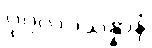
ပုဂ္ဂလပ္ပသန္နာနံ